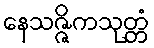
နေသဇ္ဇိကသုတ္တံ